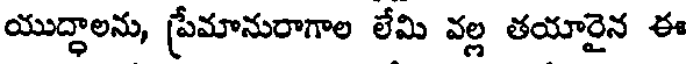
యుద్ధాలను, ప్రేమానురాగాల లేమి వల్ల తయారైన ఈ